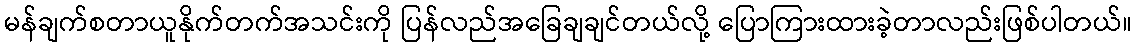
မန်ချက်စတာယူနိုက်တက်အသင်းကို ပြန်လည်အခြေချချင်တယ်လို့ ပြောကြားထားခဲ့တာလည်းဖြစ်ပါတယ်။